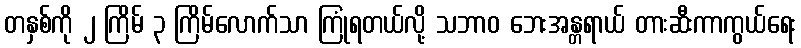
တနှစ်ကို ၂ ကြိမ် ၃ ကြိမ်လောက်သာ ကြုံရတယ်လို့ သဘာဝ ဘေးအန္တရာယ် တားဆီးကာကွယ်ရေး